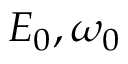
E _ { 0 } , \omega _ { 0 }